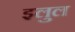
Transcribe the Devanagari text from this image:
इलुल